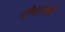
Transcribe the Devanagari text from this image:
परिवारांकडे